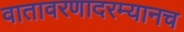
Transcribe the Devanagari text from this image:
वातावरणादरम्यानच